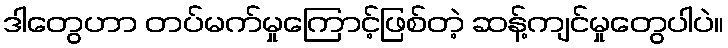
ဒါတွေဟာ တပ်မက်မှုကြောင့်ဖြစ်တဲ့ ဆန့်ကျင်မှုတွေပါပဲ။